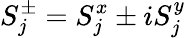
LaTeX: S_{j}^{\pm}=S_{j}^{x}\pm iS_{j}^{y}